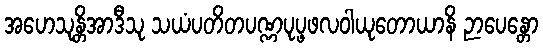
အဟေသုန္တိအာဒီသု သယံပတိတပဏ္ဏပုပ္ဖဖလဝါယုတောယာနိ ဉာပေန္တော